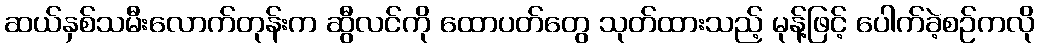
ဆယ်နှစ်သမီးလောက်တုန်းက ဆွီလင်ကို ထောပတ်တွေ သုတ်ထားသည့် မုန့်ဖြင့် ပေါက်ခဲ့စဉ်ကလို